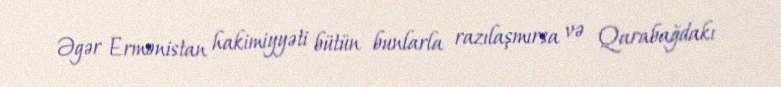
Əgər Ermənistan hakimiyyəti bütün bunlarla razılaşmırsa və Qarabağdakı